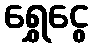
ရွှေငွေ